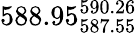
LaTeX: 588.95_{587.55}^{590.26}